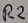
Text: R2